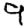
Digit: 9